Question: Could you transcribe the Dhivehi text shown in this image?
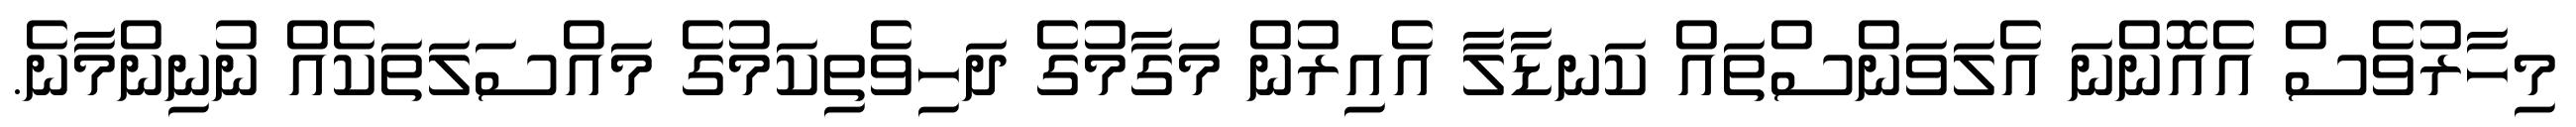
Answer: މިހާރުވެސް އެއޮންނަ އެލަވަންސްތައް ކަނޑާލާ އެއިރުން މަގާމުގެ ދަހިވެތިކަމުގެ މައްސަލަތަކެއް ނުނިންމާނެ.